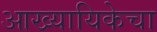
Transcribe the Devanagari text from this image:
आख्यायिकेचा